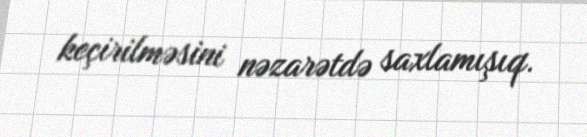
keçirilməsini nəzarətdə saxlamışıq.